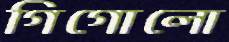
গিগোলো